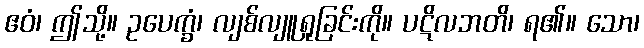
ဧဝံ၊ ဤသို့။ ဥပေက္ခံ၊ လျစ်လျူရှုခြင်းကို။ ပဋိလဘတိ၊ ရ၏။ သော၊